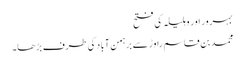
بہرور اور وہلیلہ کی فتح
محمد بن قاسم راوڑ سے برہمن آباد کی طرف بڑھا۔